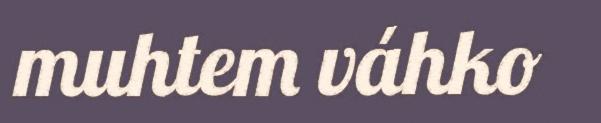
muhtem váhko